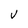
Character: V